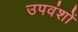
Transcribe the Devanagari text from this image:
उपवंशों